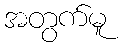
အတွက်မူ